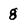
Character: g